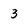
Character: 3